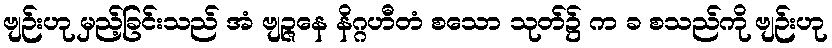
ဗျဉ်းဟု မှည့်ခြင်းသည် အံ ဗျဉ္ဇနေ နိဂ္ဂဟီတံ စသော သုတ်၌ က ခ စသည်ကို ဗျဉ်းဟု